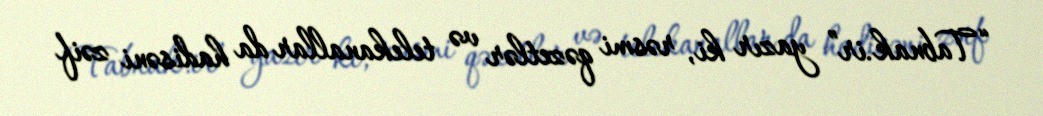
“Tabnak.ir” yazır ki, rəsmi qəzetlər və telekanallar da hadisəni zəif